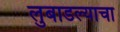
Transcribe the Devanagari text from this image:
लुबाडल्याचा